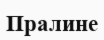
Пралине